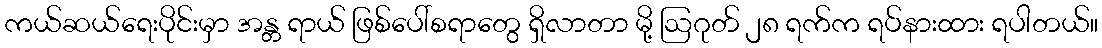
ကယ်ဆယ်ရေးပိုင်းမှာ အန္တ ရာယ် ဖြစ်ပေါ်စရာတွေ ရှိလာတာ မို့ ဩဂုတ် ၂၈ ရက်က ရပ်နားထား ရပါတယ်။